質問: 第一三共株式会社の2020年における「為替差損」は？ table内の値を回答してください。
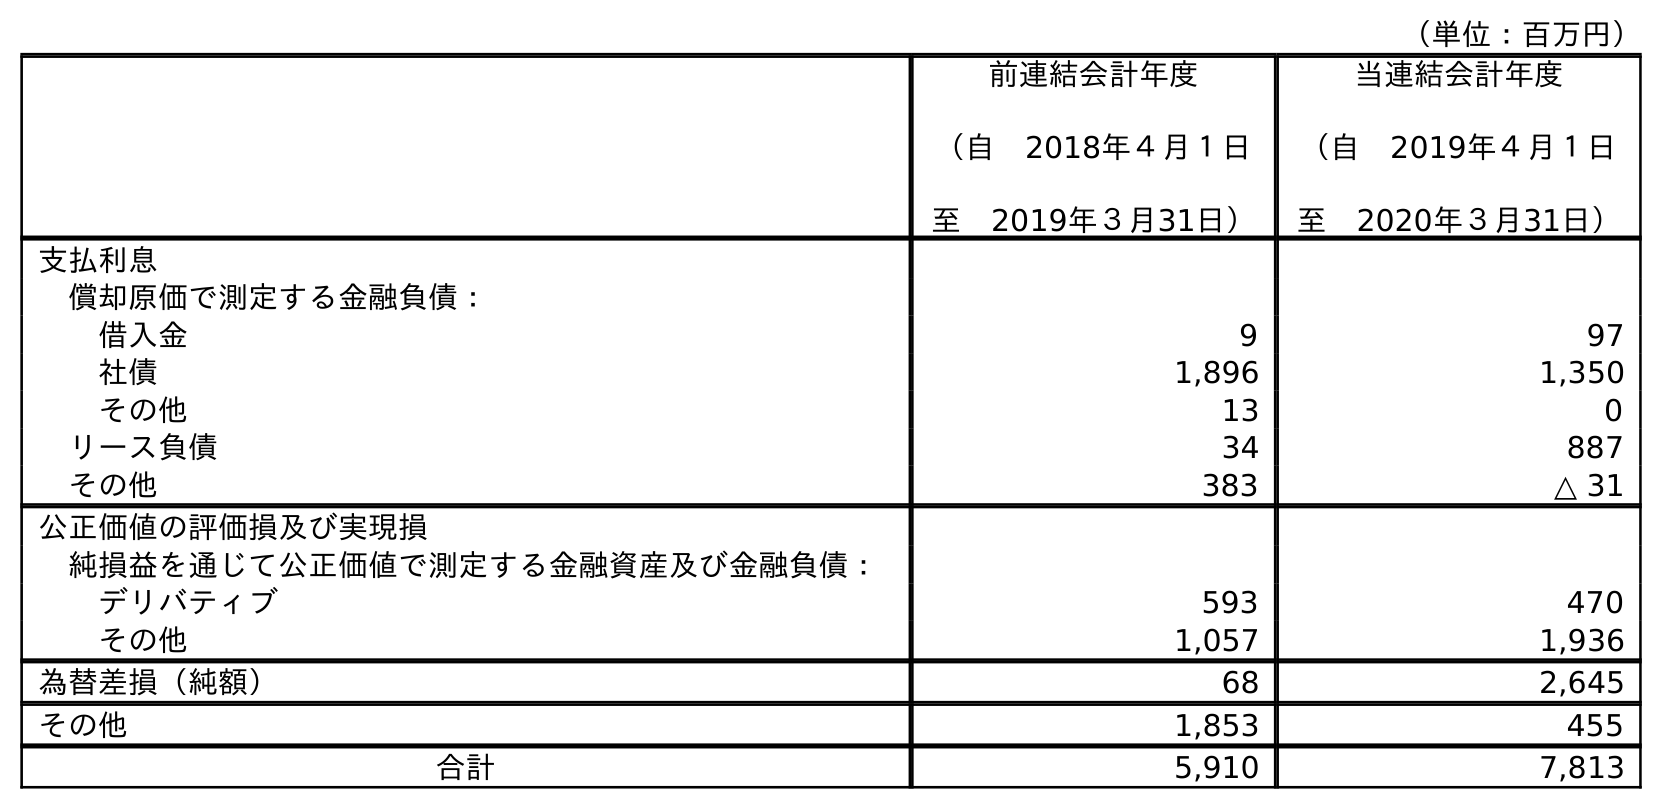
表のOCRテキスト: （単位：百万円） 前連結会計年度 （自 2018年４月１日 至 2019年３月31日） 当連結会計年度 （自 2019年４月１日 至 2020年３月31日） 支払利息 償却原価で測定する金融負債： 借入金 9 97 社債 1,896 1,350 その他 13 0 リース負債 34 887 その他 383 △ 31 公正価値の評価損及び実現損 純損益を通じて公正価値で測定する金融資産及び金融負債： デリバティブ 593 470 その他 1,057 1,936 為替差損（純額） 68 2,645 その他 1,853 455 合計 5,910 7,813
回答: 2,645